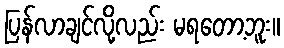
ပြန်လာချင်လို့လည်း မရတော့ဘူး။